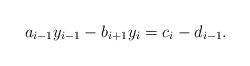
LaTeX: \begin{align*}a_{i-1} y_{i-1} - b_{i+1}y_i = c_i - d_{i-1}. \end{align*}